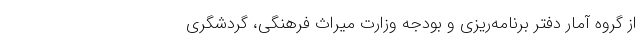
از گروه آمار دفتر برنامه‌ریزی و بودجه وزارت میراث فرهنگی، گردشگری